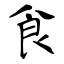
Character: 食